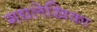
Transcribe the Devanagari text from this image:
गद्यलेखिका